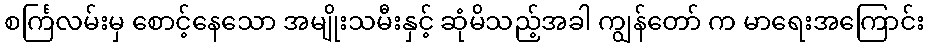
စင်္ကြလမ်းမှ စောင့်နေသော အမျိုးသမီးနှင့် ဆုံမိသည့်အခါ ကျွန်တော် က မာရေးအကြောင်း